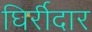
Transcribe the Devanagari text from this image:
घिर्रीदार